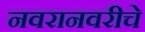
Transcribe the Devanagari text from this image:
नवरानवरीचे